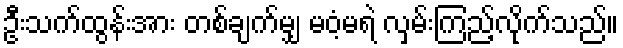
ဦးသက်ထွန်းအား တစ်ချက်မျှ မဝံ့မရဲ လှမ်းကြည့်လိုက်သည်။